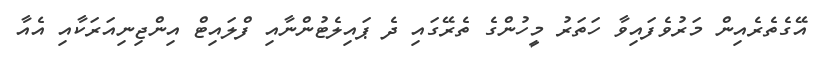
އޭގެތެރެއިން މަރުވެފައިވާ ހަތަރު މީހުންގެ ތެރޭގައި ދެ ޕައިލެޓުންނާއި ފްލައިޓް އިންޖިނިއަރަކާއި އެއާ